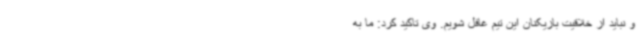
و نباید از خلاقیت بازیکنان این تیم غافل شویم. وی تاکید کرد: ما به